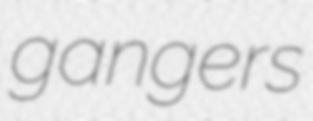
gangers